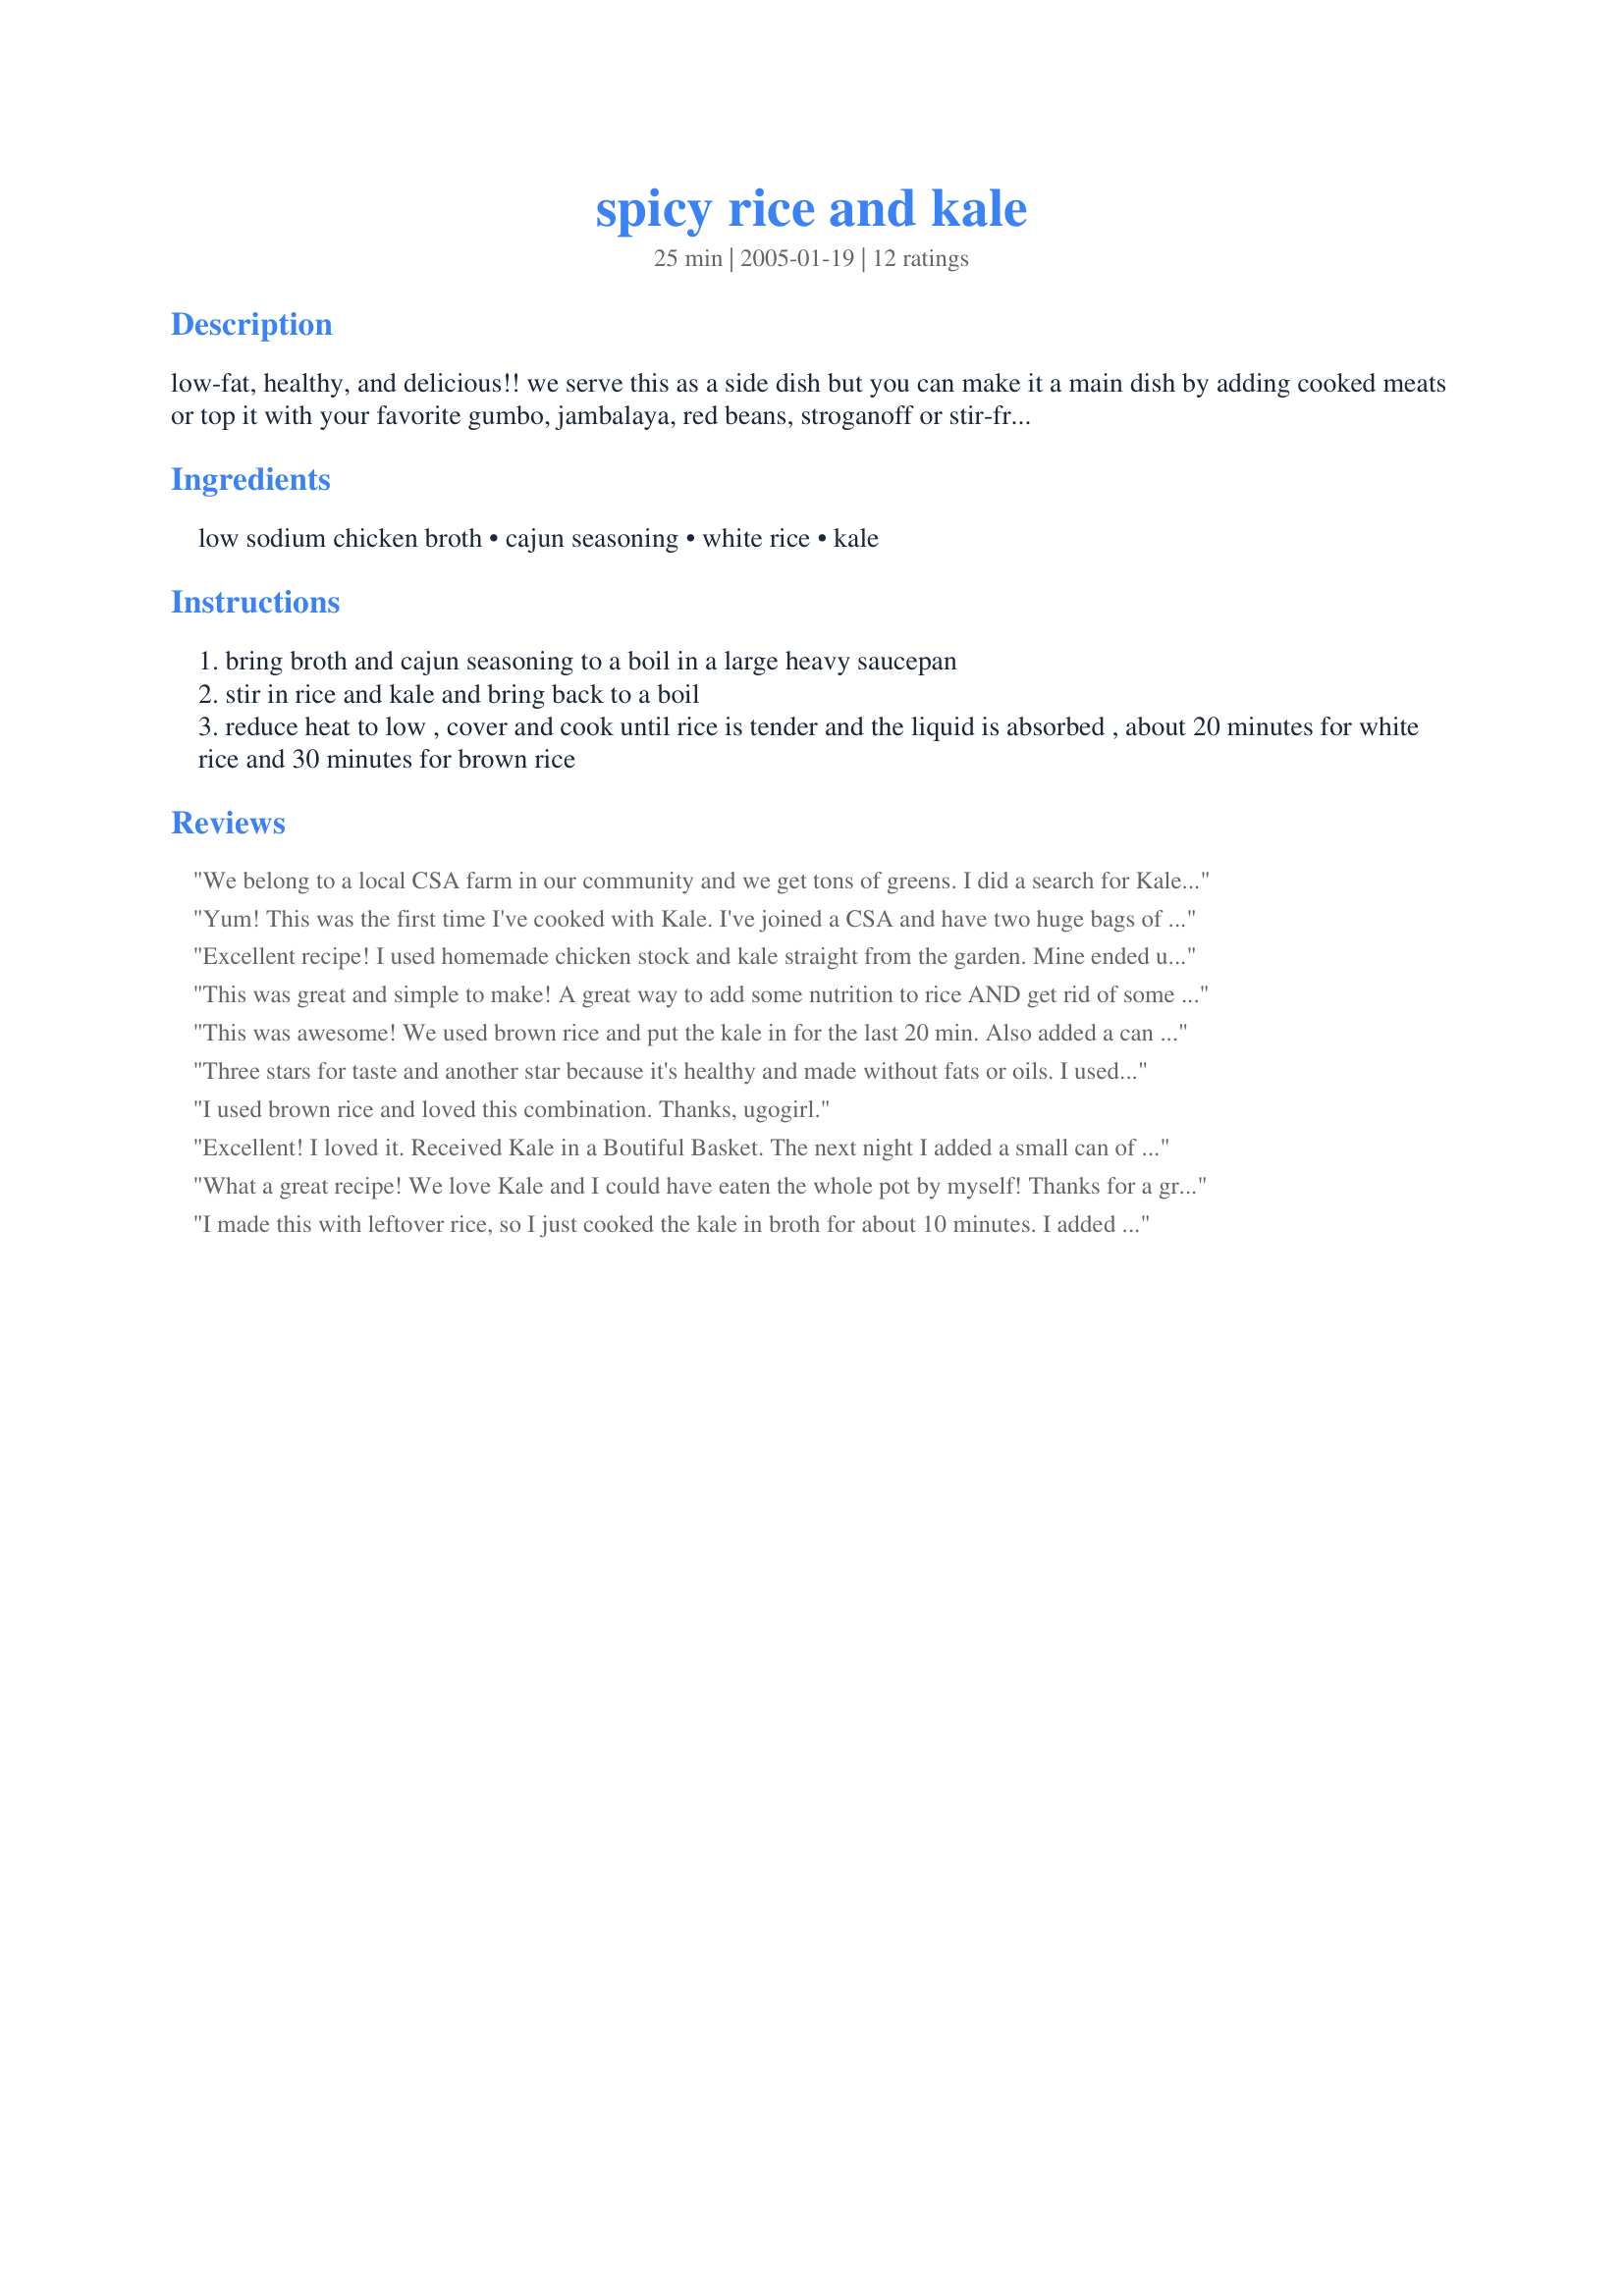
spicy rice and kale
Preparation time: 25 minutes

low-fat, healthy, and delicious!! we serve this as a side dish but you can make it a main dish by adding cooked meats or top it with your favorite gumbo, jambalaya, red beans, stroganoff or stir-fry....you're only limited by your imagination. i really encourage you to use kale but you can substitute fresh spinach if kale is not available. i never use store-bought cajun seasoning (to salty and not spicy enough for us). there are some great cajun seasoning recipes on this site and you can control the salt. kale is very nutritious and this is another way to sneak veggies into your meals. you can also make it vegetarian by using the vegetable broth. we love it!

Ingredients:
low sodium chicken broth, cajun seasoning, white rice, kale

Steps:
bring broth and cajun seasoning to a boil in a large heavy saucepan
stir in rice and kale and bring back to a boil
reduce heat to low , cover and cook until rice is tender and the liquid is absorbed , about 20 minutes for white rice and 30 minutes for brown rice

Reviews:
We belong to a local CSA farm in our community and we get tons of greens. I did a search for Kale and most recipies came up were soups, but I wanted something that wasn't a soup, and this was it!

It came out really well. I used a cajun seasoning recipe i found on the site, and it was just the right amount of spice, and was super easy!
Thanks for the recipe!
Yum!
This was the first time I've cooked with Kale. I've joined a CSA and have two huge bags of kale in my fridge and was looking for an easy, tasty recipe. This fit the bill! I think even my husband will like it (I am much more brave when it comes to trying new things).
I didn't have any low-sodium broth, and it did turn out a little salty, but I know better now, for next time. I think I will also add in some kidney beans like another reviewer did. Some feta stirred in would be awesome, too.
Excellent recipe! I used homemade chicken stock and kale straight from the garden. Mine ended up almost like a risotto. It was so good. This will become a family staple! Thanks for posting.
This was great and simple to make! A great way to add some nutrition to rice AND get rid of some kale/greens. Used vegetable broth to make this vegan.
This was awesome! We used brown rice and put the kale in for the last 20 min. Also added a can of kidney beans, drained and rinsed, at the same time to make it a full meal. So quick and easy, but so good!
Three stars for taste and another star because it's healthy and made without fats or oils. I used brown rice and made as written, adding a can of drained kidney beans. Topped it with some extra hot sauce. It tasted just 
OK but I felt virtuous while eating it ... do need to lose some weight!
I used brown rice and loved this combination. Thanks, ugogirl.
Excellent! I loved it. Received Kale in a Boutiful Basket. The next night I added a small can of <br/>mixed vegies, shaved fresh carrots and onions and had a 2nd meal. Very good.
What a great recipe! We love Kale and I could have eaten the whole pot by myself! Thanks for a grat new side dish.
I made this with leftover rice, so I just cooked the kale in broth for about 10 minutes. I added a can of Louisiana-style red beans in Cajun sauce and topped it with grated cheddar. (Not quite so healthy, but the cheese made the meal for me.) I will definitely make again as a way to use up the copious amounts of kale that come in my CSA box all winter long.
This recipe is awesome. This is how I&#039;m going to make rice from here on out.
Very yummy! I added a few dashes of hot sauce to the finished dish and topped it with some shrimp that I had roasted in the oven. Quick, easy, delicious, and a meal I'd probably make again!
